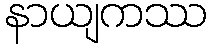
နာယျကဿ